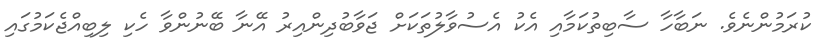
ކުރަމުންނެވެ. ނަބާހާ ސާބިތުކަމާއި އެކު އެސުވާލުތަކަށް ޖަވާބުދިންއިރު އޭނާ ބޭނުންވާ ހެކި ލިބިއްޖެކަމުގައި